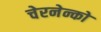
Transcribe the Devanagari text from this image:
चेरनेन्को